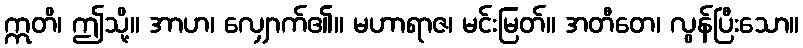
ဣတိ၊ ဤသို့။ အာဟ၊ လျှောက်၏။ မဟာရာဇ၊ မင်းမြတ်။ အတီတေ၊ လွန်ပြီးသော။